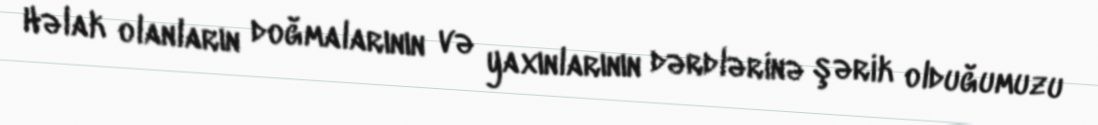
Həlak olanların doğmalarının və yaxınlarının dərdlərinə şərik olduğumuzu